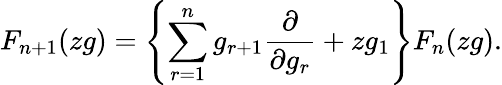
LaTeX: F_{n+1}(zg)=\left\{ \sum_{r=1}^{n}g_{r+1}\frac{\partial}{\partial g_{r}}+zg_{1}\right\} F_{n}(zg).